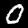
Digit: 0